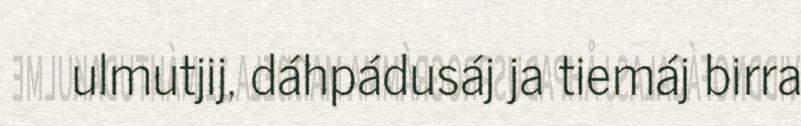
ulmutjij, dáhpádusáj ja tiemáj birra